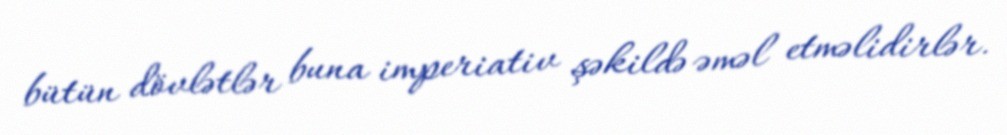
bütün dövlətlər buna imperiativ şəkildə əməl etməlidirlər.